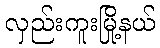
လှည်းကူးမြို့နယ်